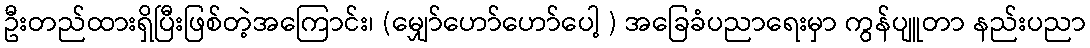
ဦးတည်ထားရှိပြီးဖြစ်တဲ့အကြောင်း၊ (မျှော်ဟော်ဟော်ပေါ့ ) အခြေခံပညာရေးမှာ ကွန်ပျူတာ နည်းပညာ